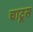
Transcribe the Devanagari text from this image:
चाटूस